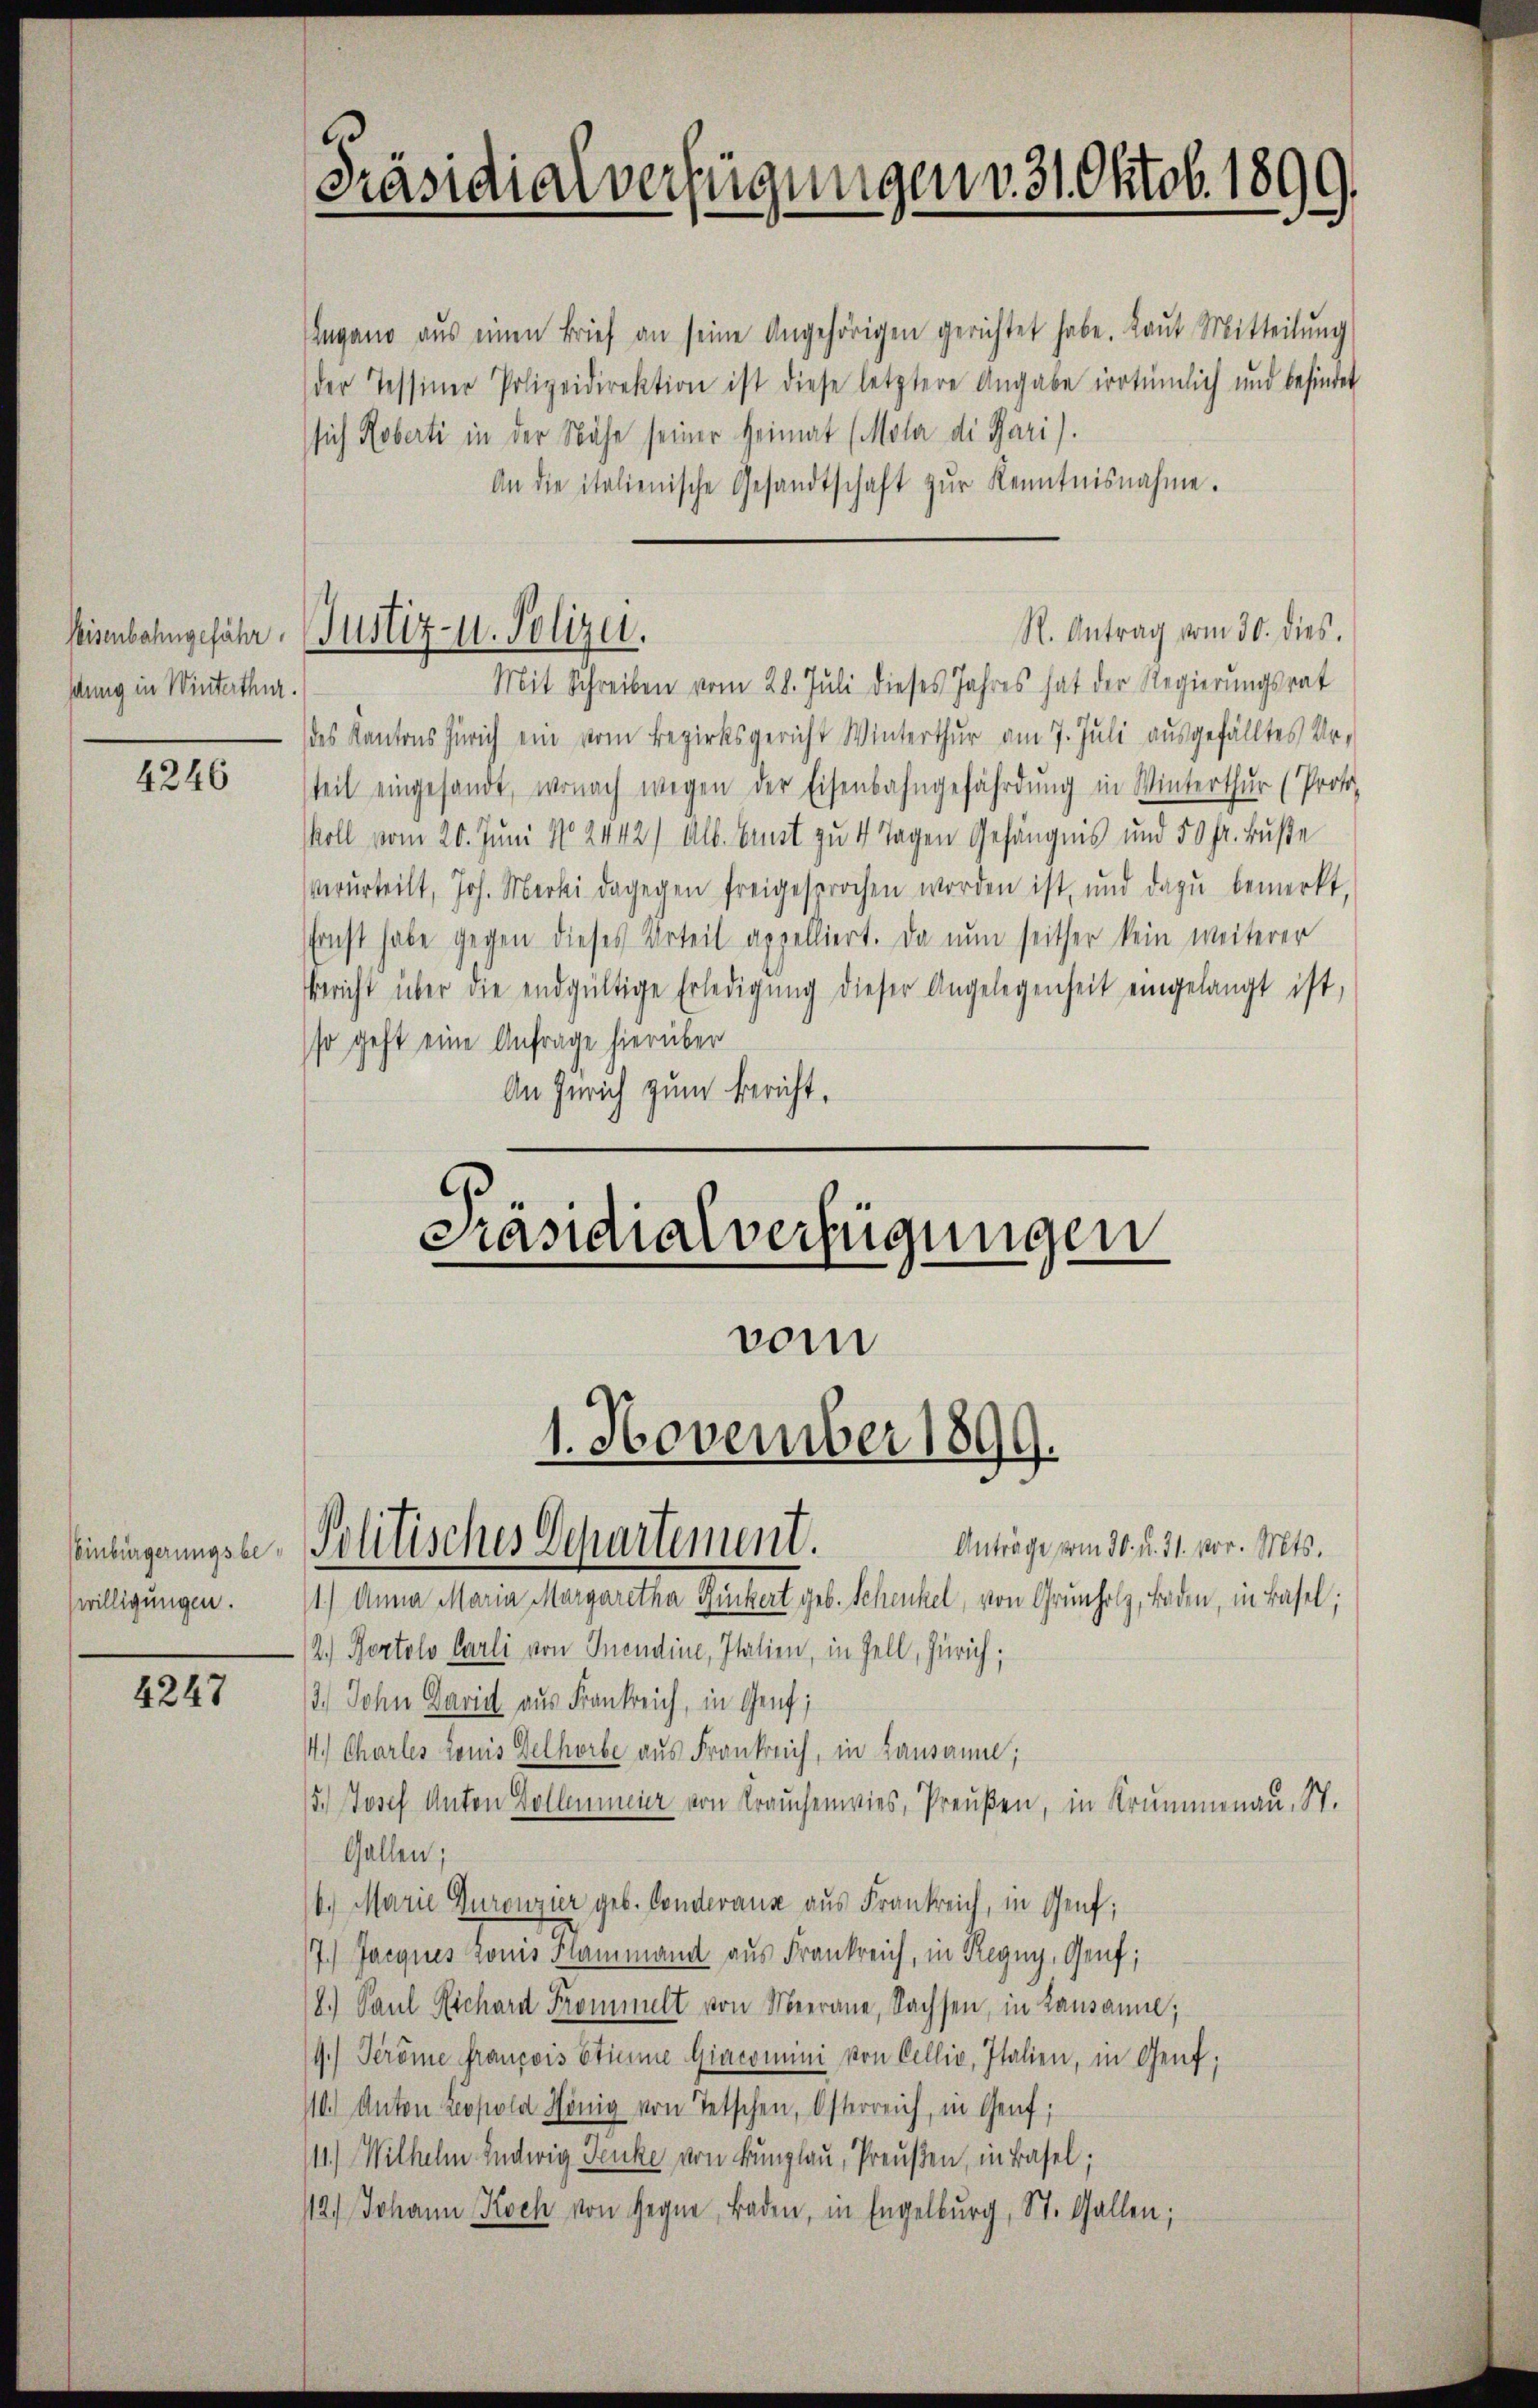
Weisenbahngefähr
dung in Winterthur.

4246

einbürgerungsbeswilligungen.

4247

Präsidialverfügungen v. 31. Oktob. 1899.

Justiz- u. Polizei.

Präsidialverfügungen

vom

Politisches Departement.

Ingang aŭs einen Brief an seine Angehörigen gerichtet habe. Laŭt Mitteilŭng
der Tessiner Polizeidirektion ist diese letztere Angabe irrtümlich und befindet
sich Roberti in der Nähe seiner Heimat (Mola di Pari).
An die italienische Gesandtschaft zŭr Kenntnisnahme.
Mit Schreiben vom 28. Juli dieses Jahres hat der Regierungsrat
des Kantons Zürich ein vom Bezirksgericht Winterthur am 7. Juli ausgefälltes Ur-
teil eingesandt, wonach wegen der Eisenbahngefährdung in Winterthur (Proto
koll vom 20. Juni No 2442) Alb. Art zu 4 Tagen Gefängnis und 50 fr. Buße
verurteilt, Joh. Merki dagegen freigesprochen worden ist, und dazŭ bemerkt,
sonst habe gegen dieses Urteil appelliert. Da nun seither kein weiterer
Bericht über die endgültige Erledigŭng dieser Angelegenheit eingelangt ist,
so geht eine Anfrage hierüber
An Zürich zum Bericht,

Anträge vom 30. d. 31. vor. Mts.
1.) Anna Maria Margaretha Ruckert geb. Schenkel, von Grunholz, Baden, in Basel;
2.) Portolo Carli von Inendine, Italien, in Zell, Zürich;
2.) John David aus Frankreich, in Genf;
4. Charles Louis Gelhörbe aus Frankreich, in Lausanne;
5.) Josef Anton Vollenmeier von Brauchenwies, Preußen, in Krummenau, St.
Gallen;
6) Marie Duronzier geb. Conderaus aus Frankreich, in Genf;
7.) Jacques Louis Hammand aus Frankreich, in Regny, Genf;
8.) Paul Richard Frommelt von Meerane, Sachsen, in Lausanne;
1.) Geröme Francois Stimme Giacomini von Cellic, Italien, in Genf;
10.) Anton Leopold König von Tetschen, Osterreich, in Genf;
11.) Wilhelm Ludwig Denke von Bunglau, Preußen, in Basel;
112.) Johann Koch von Gegne, Baden, in Engelburg, St. Gallen;

1. November 1899.

R. Antrag vom 30. dies.